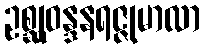
ဥစ္ဆုဝန္ဒနရဇ္ဇုမာလာ